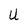
Character: U